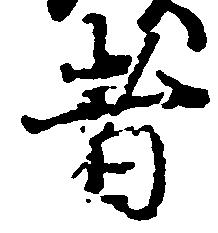
者